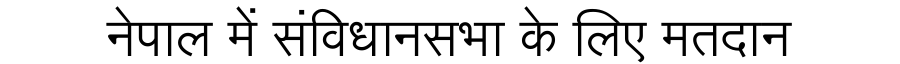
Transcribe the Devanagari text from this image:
नेपाल में संविधानसभा के लिए मतदान